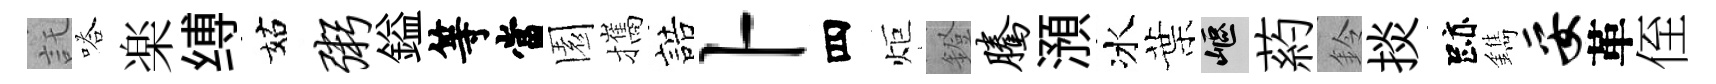
託嗒楽缚姑粥鎰等當園攜誥卜四炬鐙腾澦冰葉嶇葯鈴掞跡鐫妥革侄